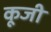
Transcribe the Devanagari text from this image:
कूजी